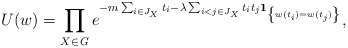
\begin{align*}U(w)=\prod_{X\in {\it G}}e^{-m\sum_{i\in J_{X}}t_{i}-\lambda \sum_{i<j\in J_{X}}t_{i}t_{j}{\bf 1}_{\left\{w(t_i)=w(t_j)\right\} }},\end{align*}